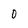
Character: O